Annual report on the working of the lock hospitals in the Central Provinces
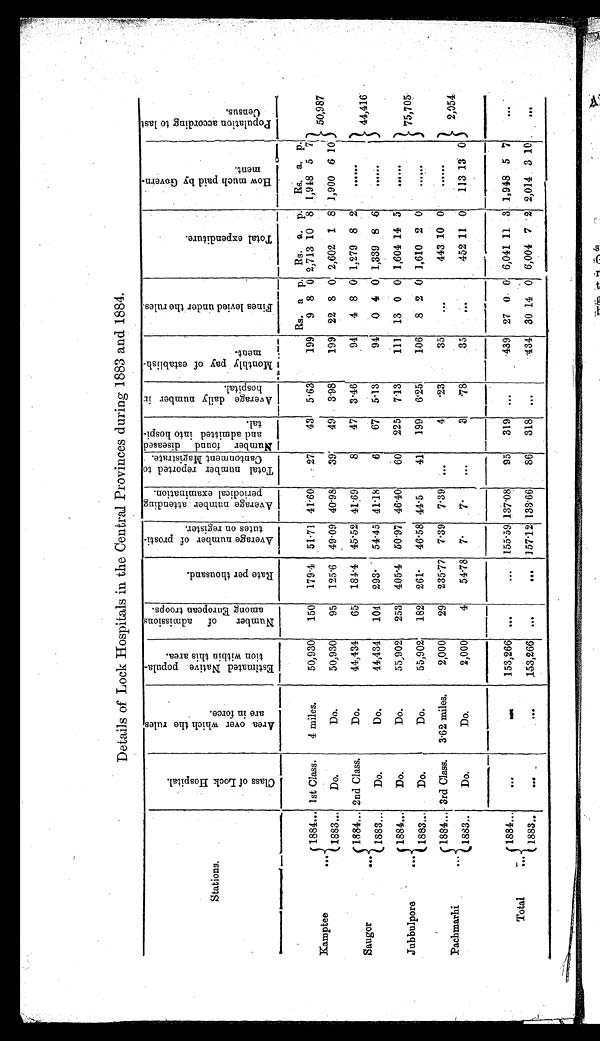
Details of Lock Hospitals in the Central Provinces during 1883 and 1884.
Stations.
C l a s s o f L o c k H o s p i t a l .
A r e a o v e r w h i c h t h e r u l e s . a r e a i n f o r c e .
E s t i m a t e d N a t i v e p o p u l a t i o n w i t h i n t h i s a r e a .
N u m b e r o f a d m i s s i o n s a m o n g E u r o p e n t r o o p s .
R a t e p e r t h o u s a n d .
A v e r a g e n u m b e r o f p r o s t i t u t e s o n r e g i s t e r .
A v e r a g e n u m b e r a t t e n d i n g p e r i o d i c a l e x a m i n a t i o n .
T o t a l n u m b e r r e p o r t e d t o C a n t o n m e n t M a g i s t r a t e . N u m b e r f o u n d d i s e a s e d a n d a d m i t t e d i n t o h o s p i t a l .
A v e r a g e d a i l y n u m b e r i n h o s p i t a l .
M o n t h l y p a y o f e s t a b l i s h m e n t .
F i n e s l e v i e d u n d e r t h e r u l e s .
Tot al expendi t ure.
H o w m u c h p a i d b y G o v e r n m e n t .
P o p u l a t i o n a c c o r d i n g t o l a s t C e n s u s .
Rs. a p. Rs. a. p. R. a. p.
Kamptee
...
1884... 1st Class.
4 miles.
50,930 150 179.4 51.71 41.60
27
43 5.63
199 9 8 0 2,713 10 8 1,948 5 7
50,987
1883...
Do.
Do.
50,930
95 125.6 49.09 40.98
39
49 3.98
199 22 8 0 2,602 1 8 1,900 6 10
Saugor
. . .
1884... 2nd Class.
Do.
44,434
65 184.4 45.52 41.69
8
47 3.46
94 4 8 0 1,279 8 2
......
44,416
1883...
Do.
Do.
44,434 104 293
54.45 41.18
6
67 5.13
94 0 4 0 1,339 8 6
. . . . . .
Jubbulpore
...
1884... Do.
Do.
55,902 253 405.4 50.97 46.40
60 225 7.13
111 13 0 0 1,604 14 5
......
75,705
1883... Do.
Do.
55,902 182 261
46.58 44.5
41 199 6.25.
1.06 8 2 0 1,610 2 0
.... ..
Pachmarhi
...
1884... 3rd Class. 3.62 miles.
2,000
29 235.77 7.39 7.39
. . .
4 ·23
35
. . .
443 10 0
......
2,054
1883...
Do.
Do.
2,000
4 54.78 7.
7.
. . .
3
· 7 8
35
. . .
452 11 0 113 13 0
Total
. . .
1884... . . .
. . .
153,266 ...
... 155.59 137.08
95 319 ...
439 27 0 0 6,041 11 3 1,948 5 7
. . .
1883...
. . .
. . .
153,266 ...
... 157.12 133.66
86 318 ...
434 30 14 0 6,004 7 2 2,014 3 10 ...